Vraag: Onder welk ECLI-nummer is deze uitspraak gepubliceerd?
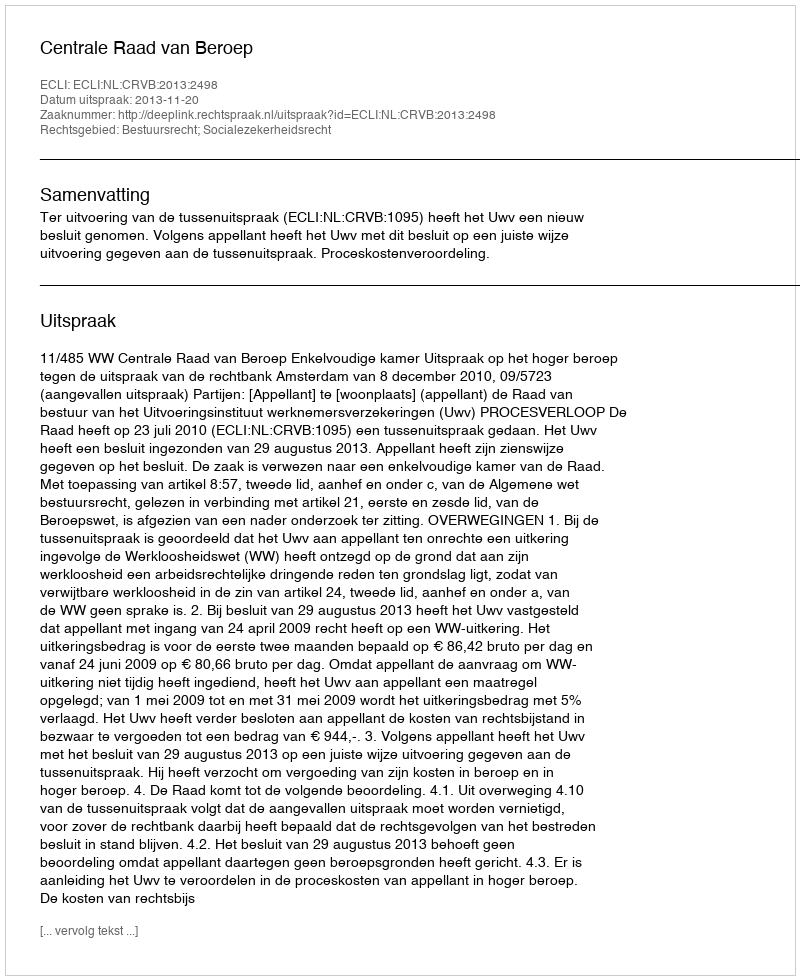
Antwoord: ECLI:NL:CRVB:2013:2498